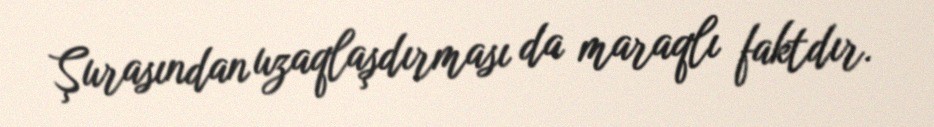
Şurasından uzaqlaşdırması da maraqlı faktdır.